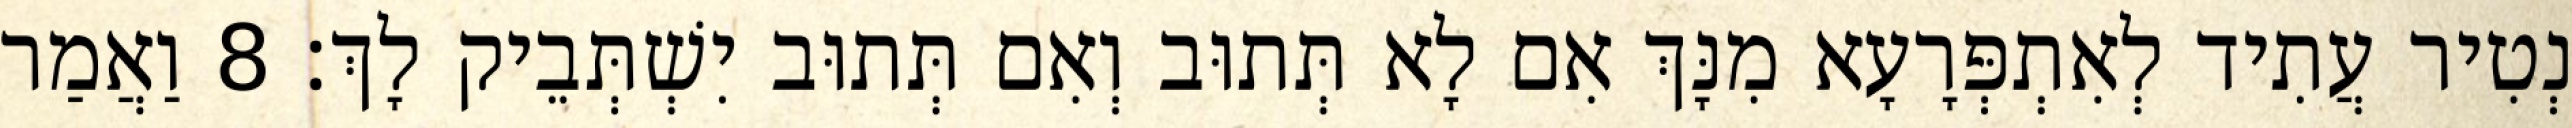
נְטִיר עֲתִיד לְאִתְפְּרָעָא מִנָּךְ אִם לָא תְּתוּב וְאִם תְּתוּב יִשְׁתְּבֵיק לָךְ׃ 8 וַאֲמַר